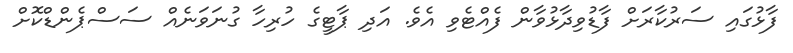
ފާޅުގައި ސަރުކާރަށް ފާޑުވިދާޅުވާން ފެއްޓެވި އެވެ. އަދި ޕާޓީގެ ހުރިހާ ގުނަވަނެއް ސަސްޕެންޑްކޮށް